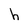
Character: h